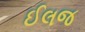
ઈલજ